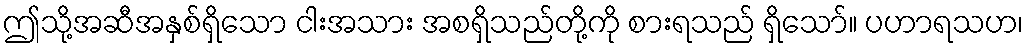
ဤသို့အဆီအနှစ်ရှိသော ငါးအသား အစရှိသည်တို့ကို စားရသည် ရှိသော်။ ပဟာရသဟ၊